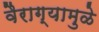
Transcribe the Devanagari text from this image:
वैराग्यामुळे